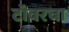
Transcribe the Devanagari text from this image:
टॉवरचा